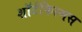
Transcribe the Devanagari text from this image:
शॉर्टफिल्मस